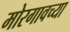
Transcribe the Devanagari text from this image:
मोरगावच्या